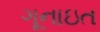
ગૂનાઇત